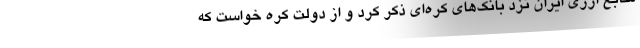
منابع ارزی ایران نزد بانک‌های کره‌ای ذکر کرد و از دولت کره خواست که